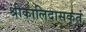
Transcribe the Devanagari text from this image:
श्रीकालिदासकृतं